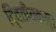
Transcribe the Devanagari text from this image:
दि्वतीयकम्।